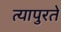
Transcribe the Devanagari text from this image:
त्यापुरते